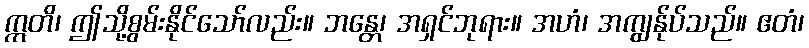
ဣတိ၊ ဤသို့စွမ်းနိုင်သော်လည်း။ ဘန္တေ၊ အရှင်ဘုရား။ အဟံ၊ အကျွန်ုပ်သည်။ ဧတံ၊